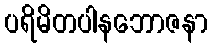
ပရိမိတပါနဘောဇနာ